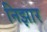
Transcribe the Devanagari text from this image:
निझार